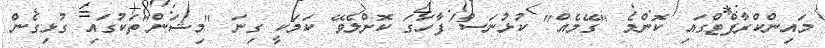
މައިންކްރާފްޓްގައި ކޮންމެ "ގޭމެއް" ކުޅުނަސް ފާހަގަ ކޮށްލެވޭ ކަމަކީ ގިނަ "މިޝަން"ތަކުގައި ގުޅިގެން